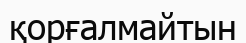
қорғалмайтын